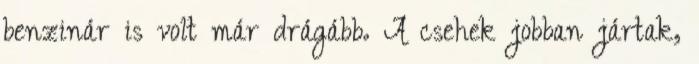
benzinár is volt már drágább. A csehek jobban jártak,